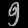
Digit: ၅